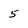
Character: 5